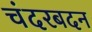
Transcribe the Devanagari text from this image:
चंदरबदन